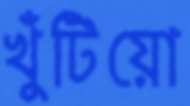
খুঁটিয়ো